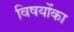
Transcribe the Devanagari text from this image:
विषयोंका